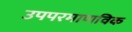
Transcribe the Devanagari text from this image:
उपपरमाणविक